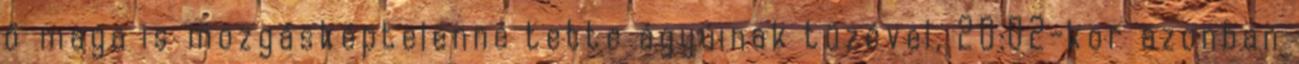
ő maga is mozgásképtelenné tette ágyúinak tüzével, 20:02-kor azonban